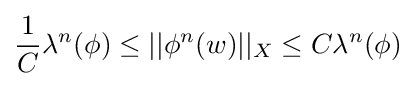
{\frac {1}{C}}\lambda ^{n}(\phi )\leq ||\phi ^{n}(w)||_{X}\leq C\lambda ^{n}(\phi )